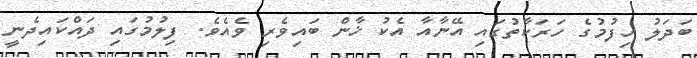
ބަދަލު ހިފުމުގެ ހަރަކާތުގައި އޭނާއާ އެކު ޚާން ބައިވެރި ވެއެވެ. ފިލުމުގައި ދައްކައިދެނީ